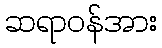
ဆရာဝန်အား